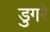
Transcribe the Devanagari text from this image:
डुगरे